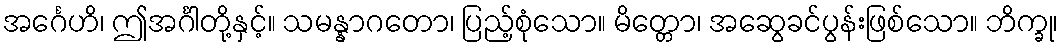
အင်္ဂေဟိ၊ ဤအင်္ဂါတို့နှင့်။ သမန္နာဂတော၊ ပြည့်စုံသော။ မိတ္တော၊ အဆွေခင်ပွန်းဖြစ်သော။ ဘိက္ခု၊